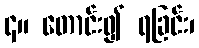
၄။ တောင်း၍ ရခြင်း၊